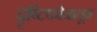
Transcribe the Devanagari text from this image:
दॄष्टिकोनातून